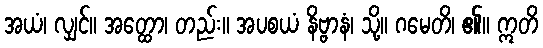
အယံ၊ လျှင်။ အတ္ထော၊ တည်း။ အပစယံ နိဗ္ဗာနံ၊ သို့။ ဂမေတိ၊ ၏။ ဣတိ